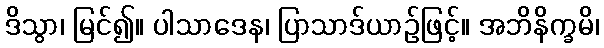
ဒိသွာ၊ မြင်၍။ ပါသာဒေန၊ ပြာသာဒ်ယာဉ်ဖြင့်။ အဘိနိက္ခမိ၊